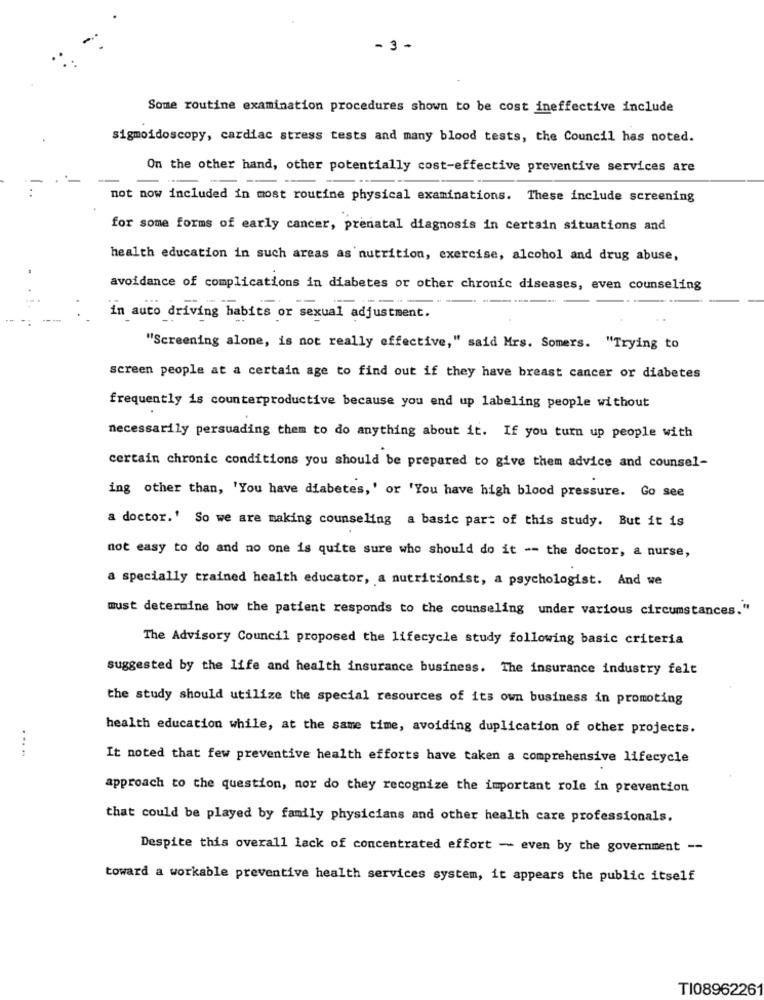
- 3 -
Some routine examination procedures shown to be cost ineffective include
sigmoidoscopy, cardiac stress tests and many blood tests, the Council has noted.
On the other hand, other potentially cost-effective preventive services are
not now included in most routine physical examinations. These include screening
for some forms of early cancer, prenatal diagnosis in certain situations and
health education in such areas as nutrition, exercise, alcohol and drug abuse,
avoidance of complications in diabetes or other chronic diseases, even counseling
in auto driving habits or sexual adjustment.
"Screening alone, is not really effective," said Mrs. Somers. "Trying to
screen people at a certain age to find out if they have breast cancer or diabetes
frequently is counterproductive because you end up labeling people without
necessarily persuading them to do anything about it. If you turn up people with
certain chronic conditions you should be prepared to give them advice and counsel-
ing other than, 'You have diabetes,' or 'You have high blood pressure. Go see
a doctor.' So we are making counseling a basic part of this study. But it is
not easy to do and no one is quite sure who should do it -- the doctor, a nurse,
a specially trained health educator, a nutritionist, a psychologist. And we
must determine how the patient responds to the counseling under various circumstances."
The Advisory Council proposed the lifecycle study following basic criteria
suggested by the life and health insurance business. The insurance industry felt
the study should utilize the special resources of its own business in promoting
health education while, at the same time, avoiding duplication of other projects.
It noted that few preventive health efforts have taken a comprehensive lifecycle
approach to the question, nor do they recognize the important role in prevention
that could be played by family physicians and other health care professionals.
Despite this overall lack of concentrated effort - even by the government --
toward a workable preventive health services system, it appears the public itself
TI0896226